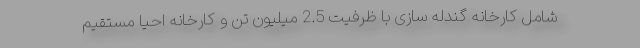
شامل کارخانه گندله سازی با ظرفیت 2.5 میلیون تن و کارخانه احیا مستقیم